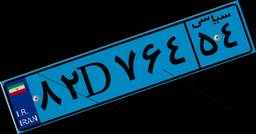
۷۵D۴۵۳۸۷